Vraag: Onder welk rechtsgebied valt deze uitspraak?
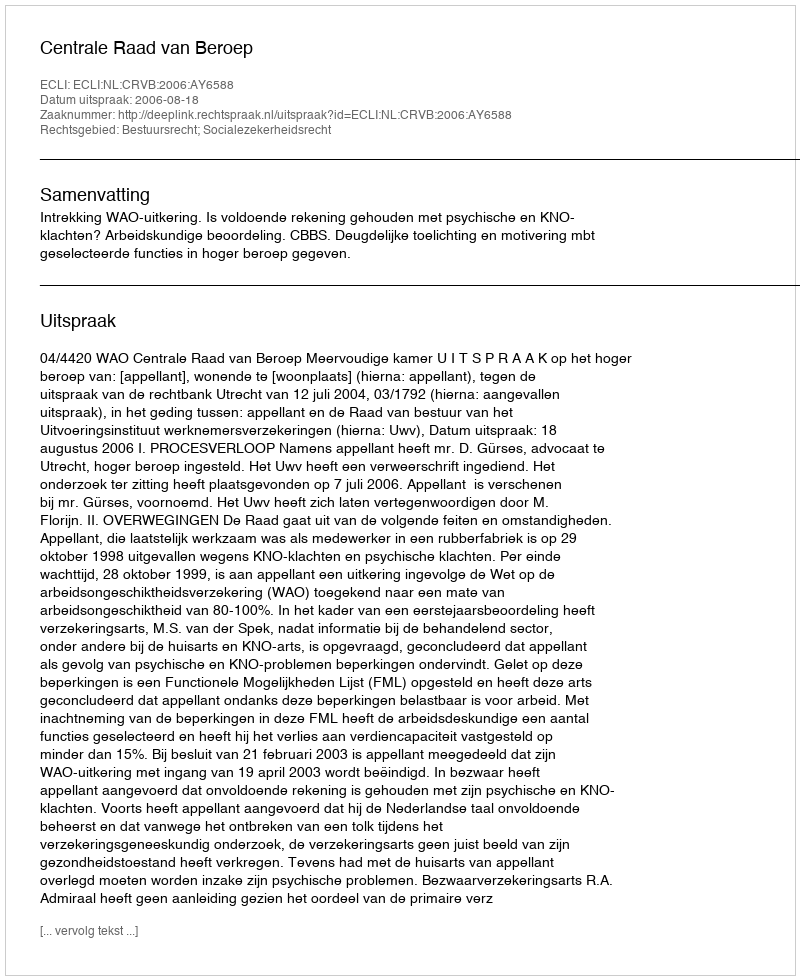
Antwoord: Bestuursrecht; Socialezekerheidsrecht